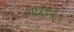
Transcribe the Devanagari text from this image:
क्षारीय।